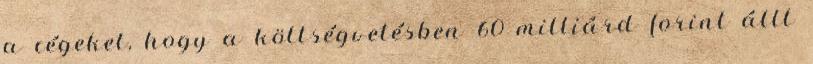
a cégeket, hogy a költségvetésben 60 milliárd forint állt